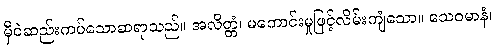
မှီဝဲဆည်းကပ်သောဆရာသည်။ အလိတ္တံ၊ မကောင်းမှုဖြင့်လိမ်းကျံသော။ သေဝမာနံ၊